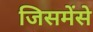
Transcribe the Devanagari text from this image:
जिसमेंसे